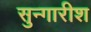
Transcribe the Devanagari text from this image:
सुन्गारीश